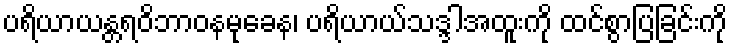
ပရိယာယန္တရဝိဘာဝနမုခေန၊ ပရိယာယ်သဒ္ဒါအထူးကို ထင်စွာပြခြင်းကို